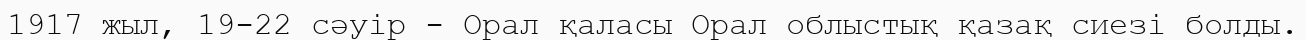
1917 жыл, 19-22 сәуір - Орал қаласы Орал облыстық қазақ сиезі болды.